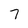
Character: 7